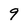
Character: 9